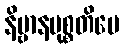
နိဗ္ဗာနမုစ္စတိပေ